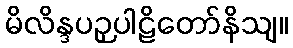
မိလိန္ဒပဉှပါဠိတော်နိသျ။